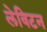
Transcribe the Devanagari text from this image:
लेविटन